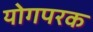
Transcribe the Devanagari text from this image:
योगपरक